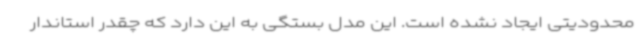
محدودیتی ایجاد نشده است. این مدل بستگی به این دارد که چقدر استاندار